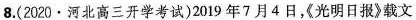
8.(2020·河北高三开学考试)2019年7月4日，光明日报》载文